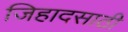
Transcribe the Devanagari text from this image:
जिहादसाठी